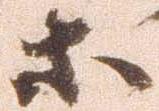
等